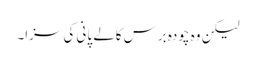
لیکن وہ چودہ برس کالے پانی کی سزا۔